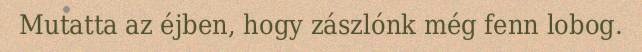
Mutatta az éjben, hogy zászlónk még fenn lobog.